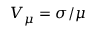
V _ { \mu } = \sigma / \mu